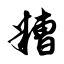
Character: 糟